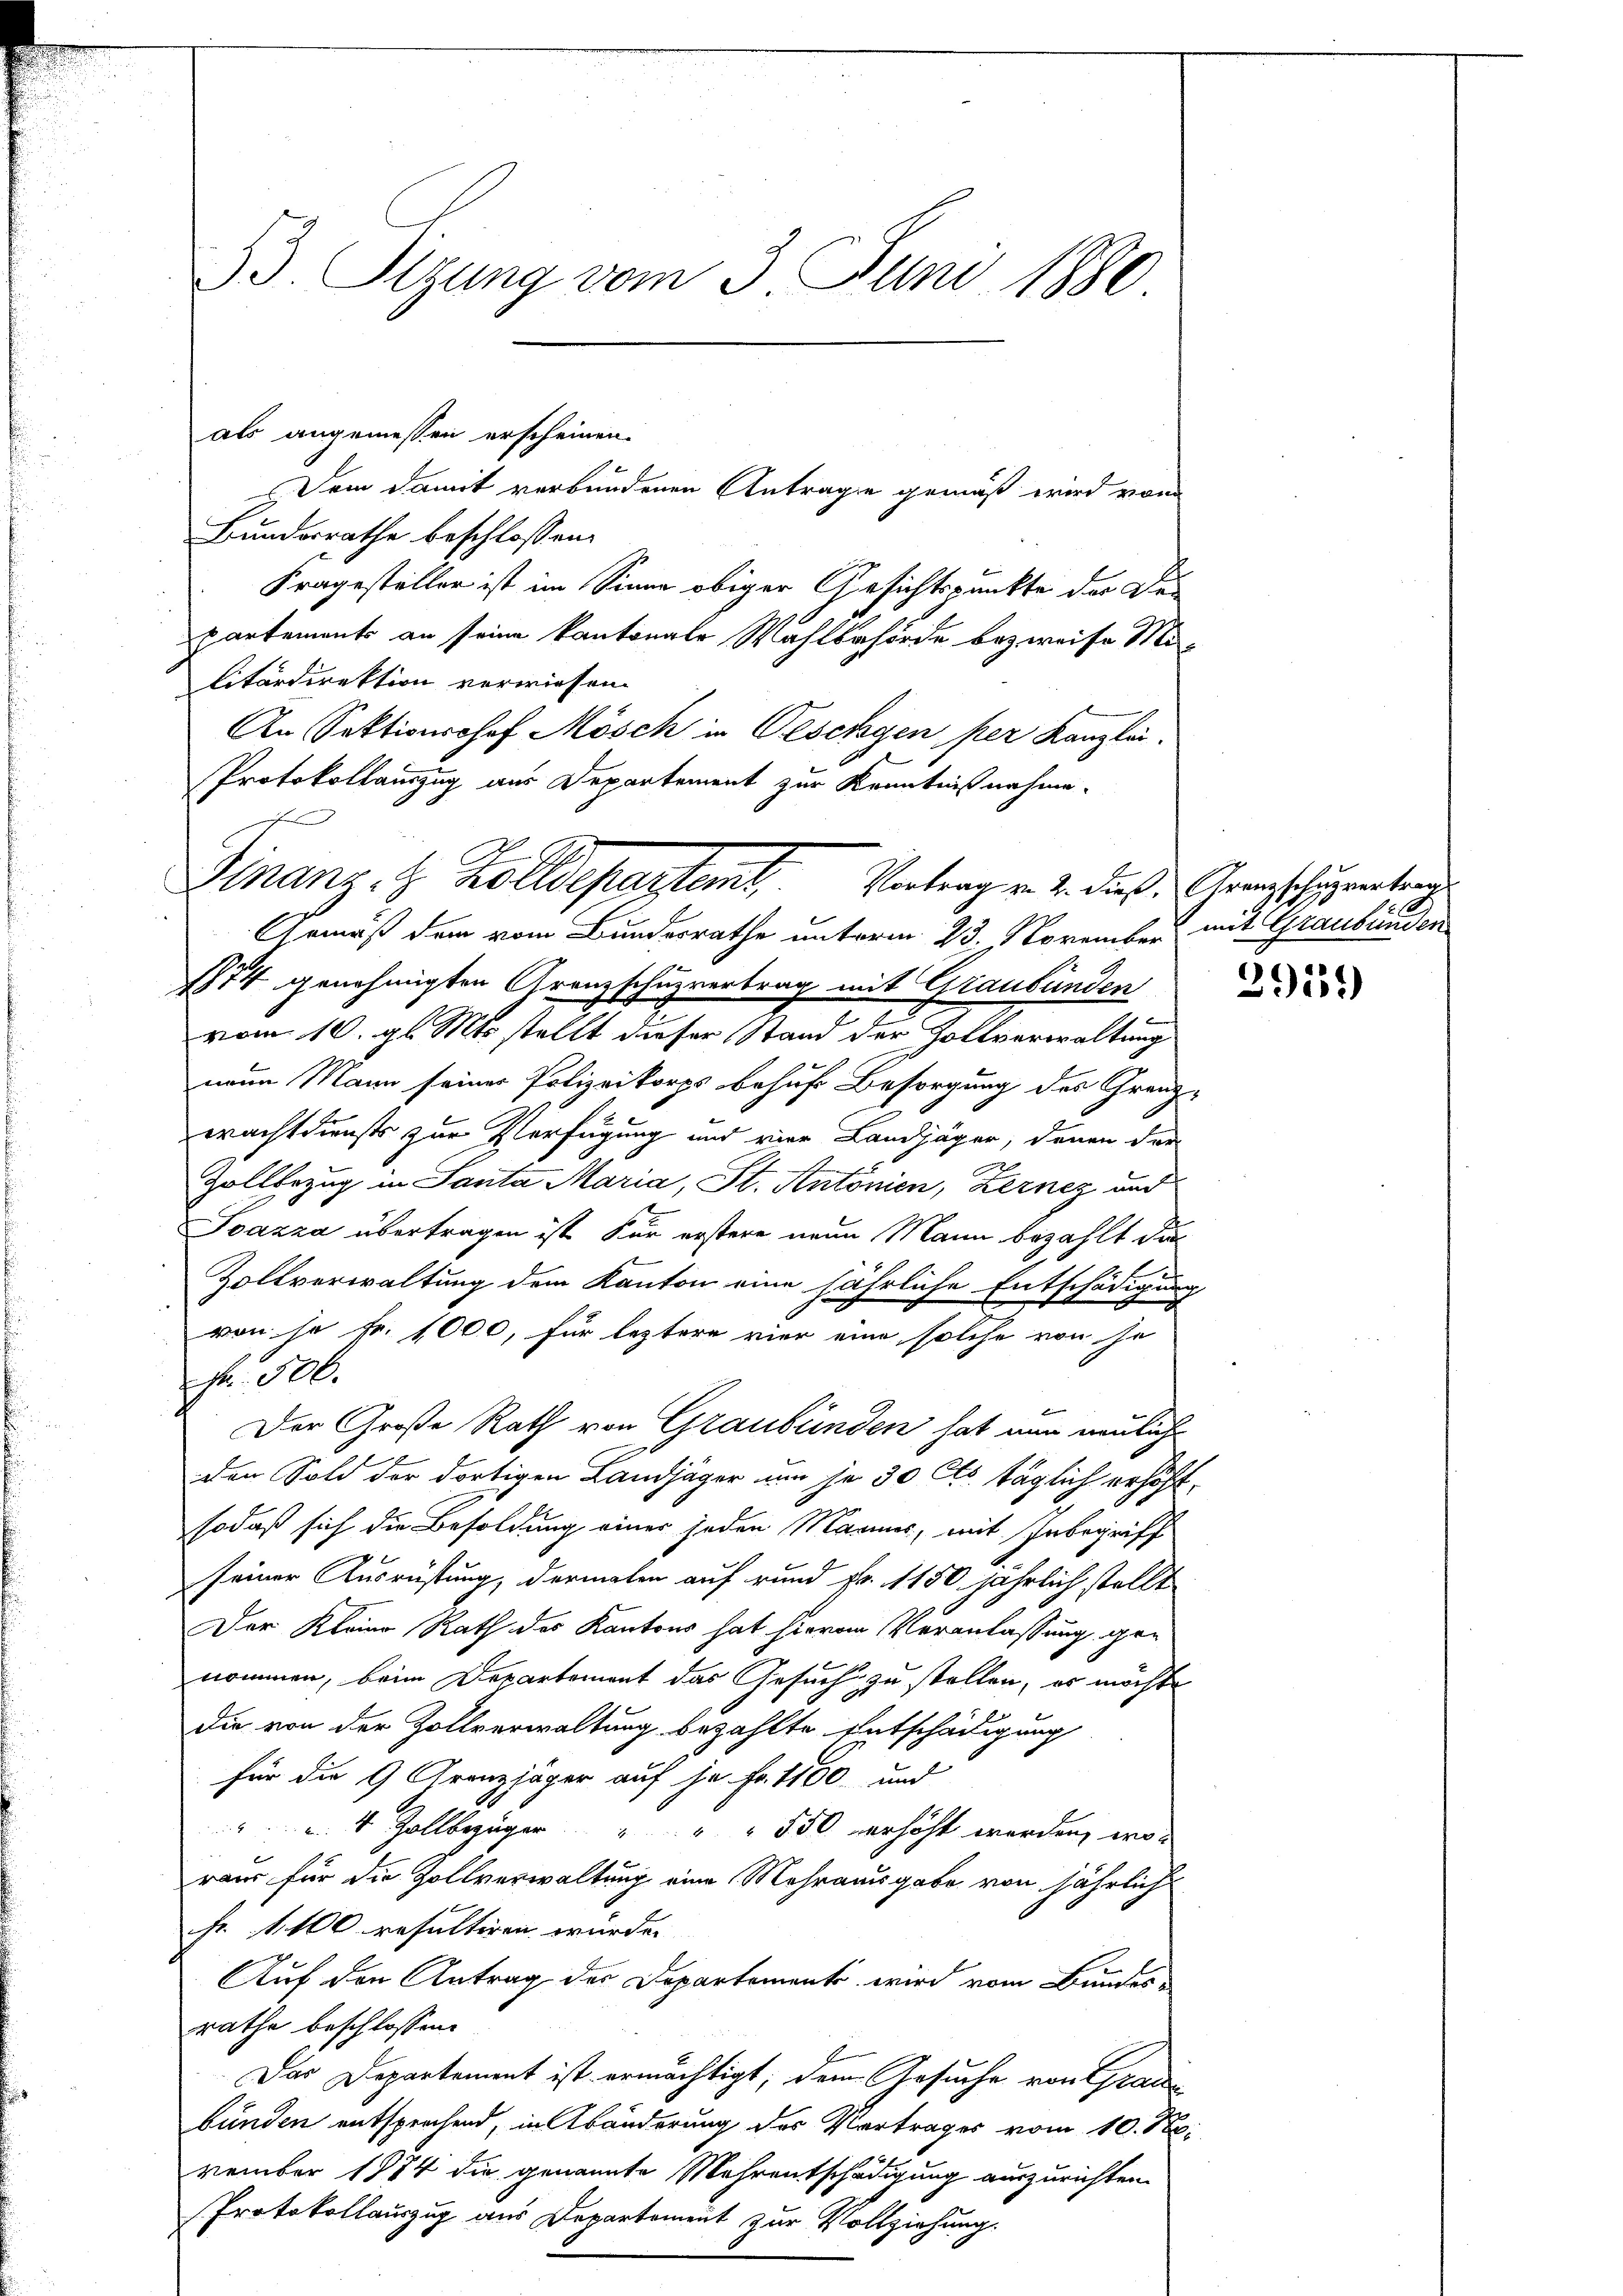
vom 10. gl. Mts. stellt dieser Stand der Zollverwaltung
neun Mann seiner Polizeikorps behufs Besorgung des Granz-
wachtdiensts zur Verfügung und vier Landjäger, denen der
Zollbezug in Santa Maria, St. Antonien, Zernez und
Toazza übertragen ist. Für erstere neue Mann bezahlt die
Zollverwaltung dem Kanton eine jährliche Entschädigung
von so fr. 1000, für leztere vier eine solche von je
Nr. 506.
den Sold der dortigen Landjäger nun je 30 Cts. täglich erhöht.
sodaß sich die Besoldung einer jeden Mannes, mit Inbegriff
seiner Ausrüstung, dermalen auf rund Fr. 1150 jährlich stellt
Der Kleine Rath des Kantons hat hievon Veranlassung genommen, beim Departement das Gesuch zu stellen, er möchte
die von der Zollverwaltung bezahlte Entschädigung
für die 9 Aranzjäger auf je Fr. 1160 und
 4 Zollbezüger " " " 550 verhöht worden, wo
raus für die Zollverwaltung eine Mehrausgabe von jährlich
fr. . 100. resultiren wurde.
Auf den Antrag des Departement wird vom Bundes
rathe beschlossen:
Das Departement ist ermächtigt; dem Gesuche von Graubünden entsprechend, in Abänderung des Vortrages vom 10. N
vember 1874 die genannte Mehrentschädigung auszurichten.
Protokollauszug aus Departement zur Vollziehung.

33. Sizung vom 3. Juni 1880

Dem damit verbundenen Antrage gemäß wird von
Bundesrathe beschlossen:
Fragesteller ist im Sinne obiger Gesichtspunkte der Bepartements an seine kantonale Wahlbehörde bezweife Mi-
litärdirektion verwiesen.
An Sektionshof Mösch in Oeschgen per Kanzlei.
Protokollauszug aus Departement zur Kenntnißnahme.

als angemessen erscheinen.

Der Große Rath von Graubünden hat nun neuliche

Finanz. R. Kolldepartent.   Vertrag v. 2. dies
Armäß dem vom Bundesrathe unterm 23. November mit Graubünden
2
1874 genehmigten Grenzschuzvertrag mit Graubünden

Grenzschuprertrag

2919)